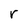
Character: r